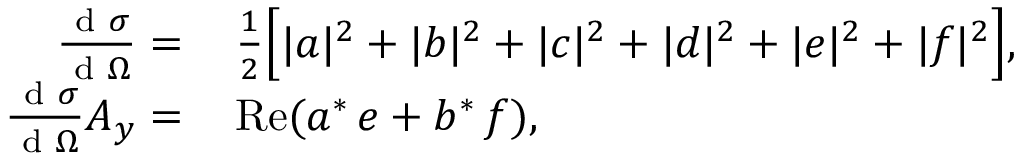
\begin{array} { r l } { \frac { \textup { d } \sigma } { \textup { d } \Omega } = \, } & { \frac { 1 } { 2 } \Big [ | a | ^ { 2 } + | b | ^ { 2 } + | c | ^ { 2 } + | d | ^ { 2 } + | e | ^ { 2 } + | f | ^ { 2 } \Big ] , } \\ { \frac { \textup { d } \sigma } { \textup { d } \Omega } A _ { y } = \, } & { \mathrm { R e } ( a ^ { * } \, e + b ^ { * } \, f ) , } \end{array}